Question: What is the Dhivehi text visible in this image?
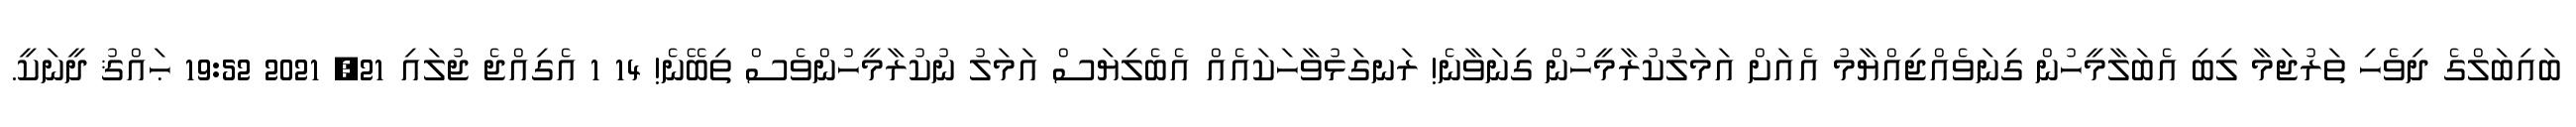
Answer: ބައިބަލްގެ ދިވެހި ތަރުޖަމާ ލިބި އެބަލާމީހުން ގިނަވެއްޖިއްޔާމު އެއަށް އަމަލުކުރާމީހުން ގިނަވާނެ! ރަނގަޅުވާހަކައެއް އެބެލިޔަސް އަމަލު ނުކުރާމީހުންވެސް ތިބޭނެ! 14 1 އެގިއްޖެ ޖުލައި 21, 2021 19:52 ޙައްޤު ދީނަކީ.